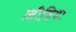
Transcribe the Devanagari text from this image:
लीविया